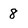
Character: 8